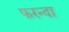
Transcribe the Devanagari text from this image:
फरन्दा